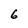
Character: 6